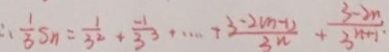
\therefore \frac { 1 } { 3 } S n = \frac { 1 } { 3 ^ { 2 } } + \frac { - 1 } { 3 ^ { 3 } } + \cdots + \frac { 3 - 2 ( n - 1 ) } { 3 n } + \frac { 3 - 2 n } { 3 ^ { n + 1 } }